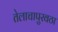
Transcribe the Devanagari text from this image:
तेलाचापुरवठा